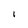
Character: I